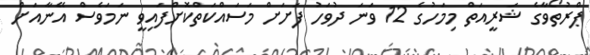
ޕްރުތޯވާގެ ޝަރީއަތް މިމަހުގެ 12 ވަނަ ދުވަހު ފަށަށް މަސައްކަތްކޮށްފައިވީ ނަމަވެސް އޭނާއަށް